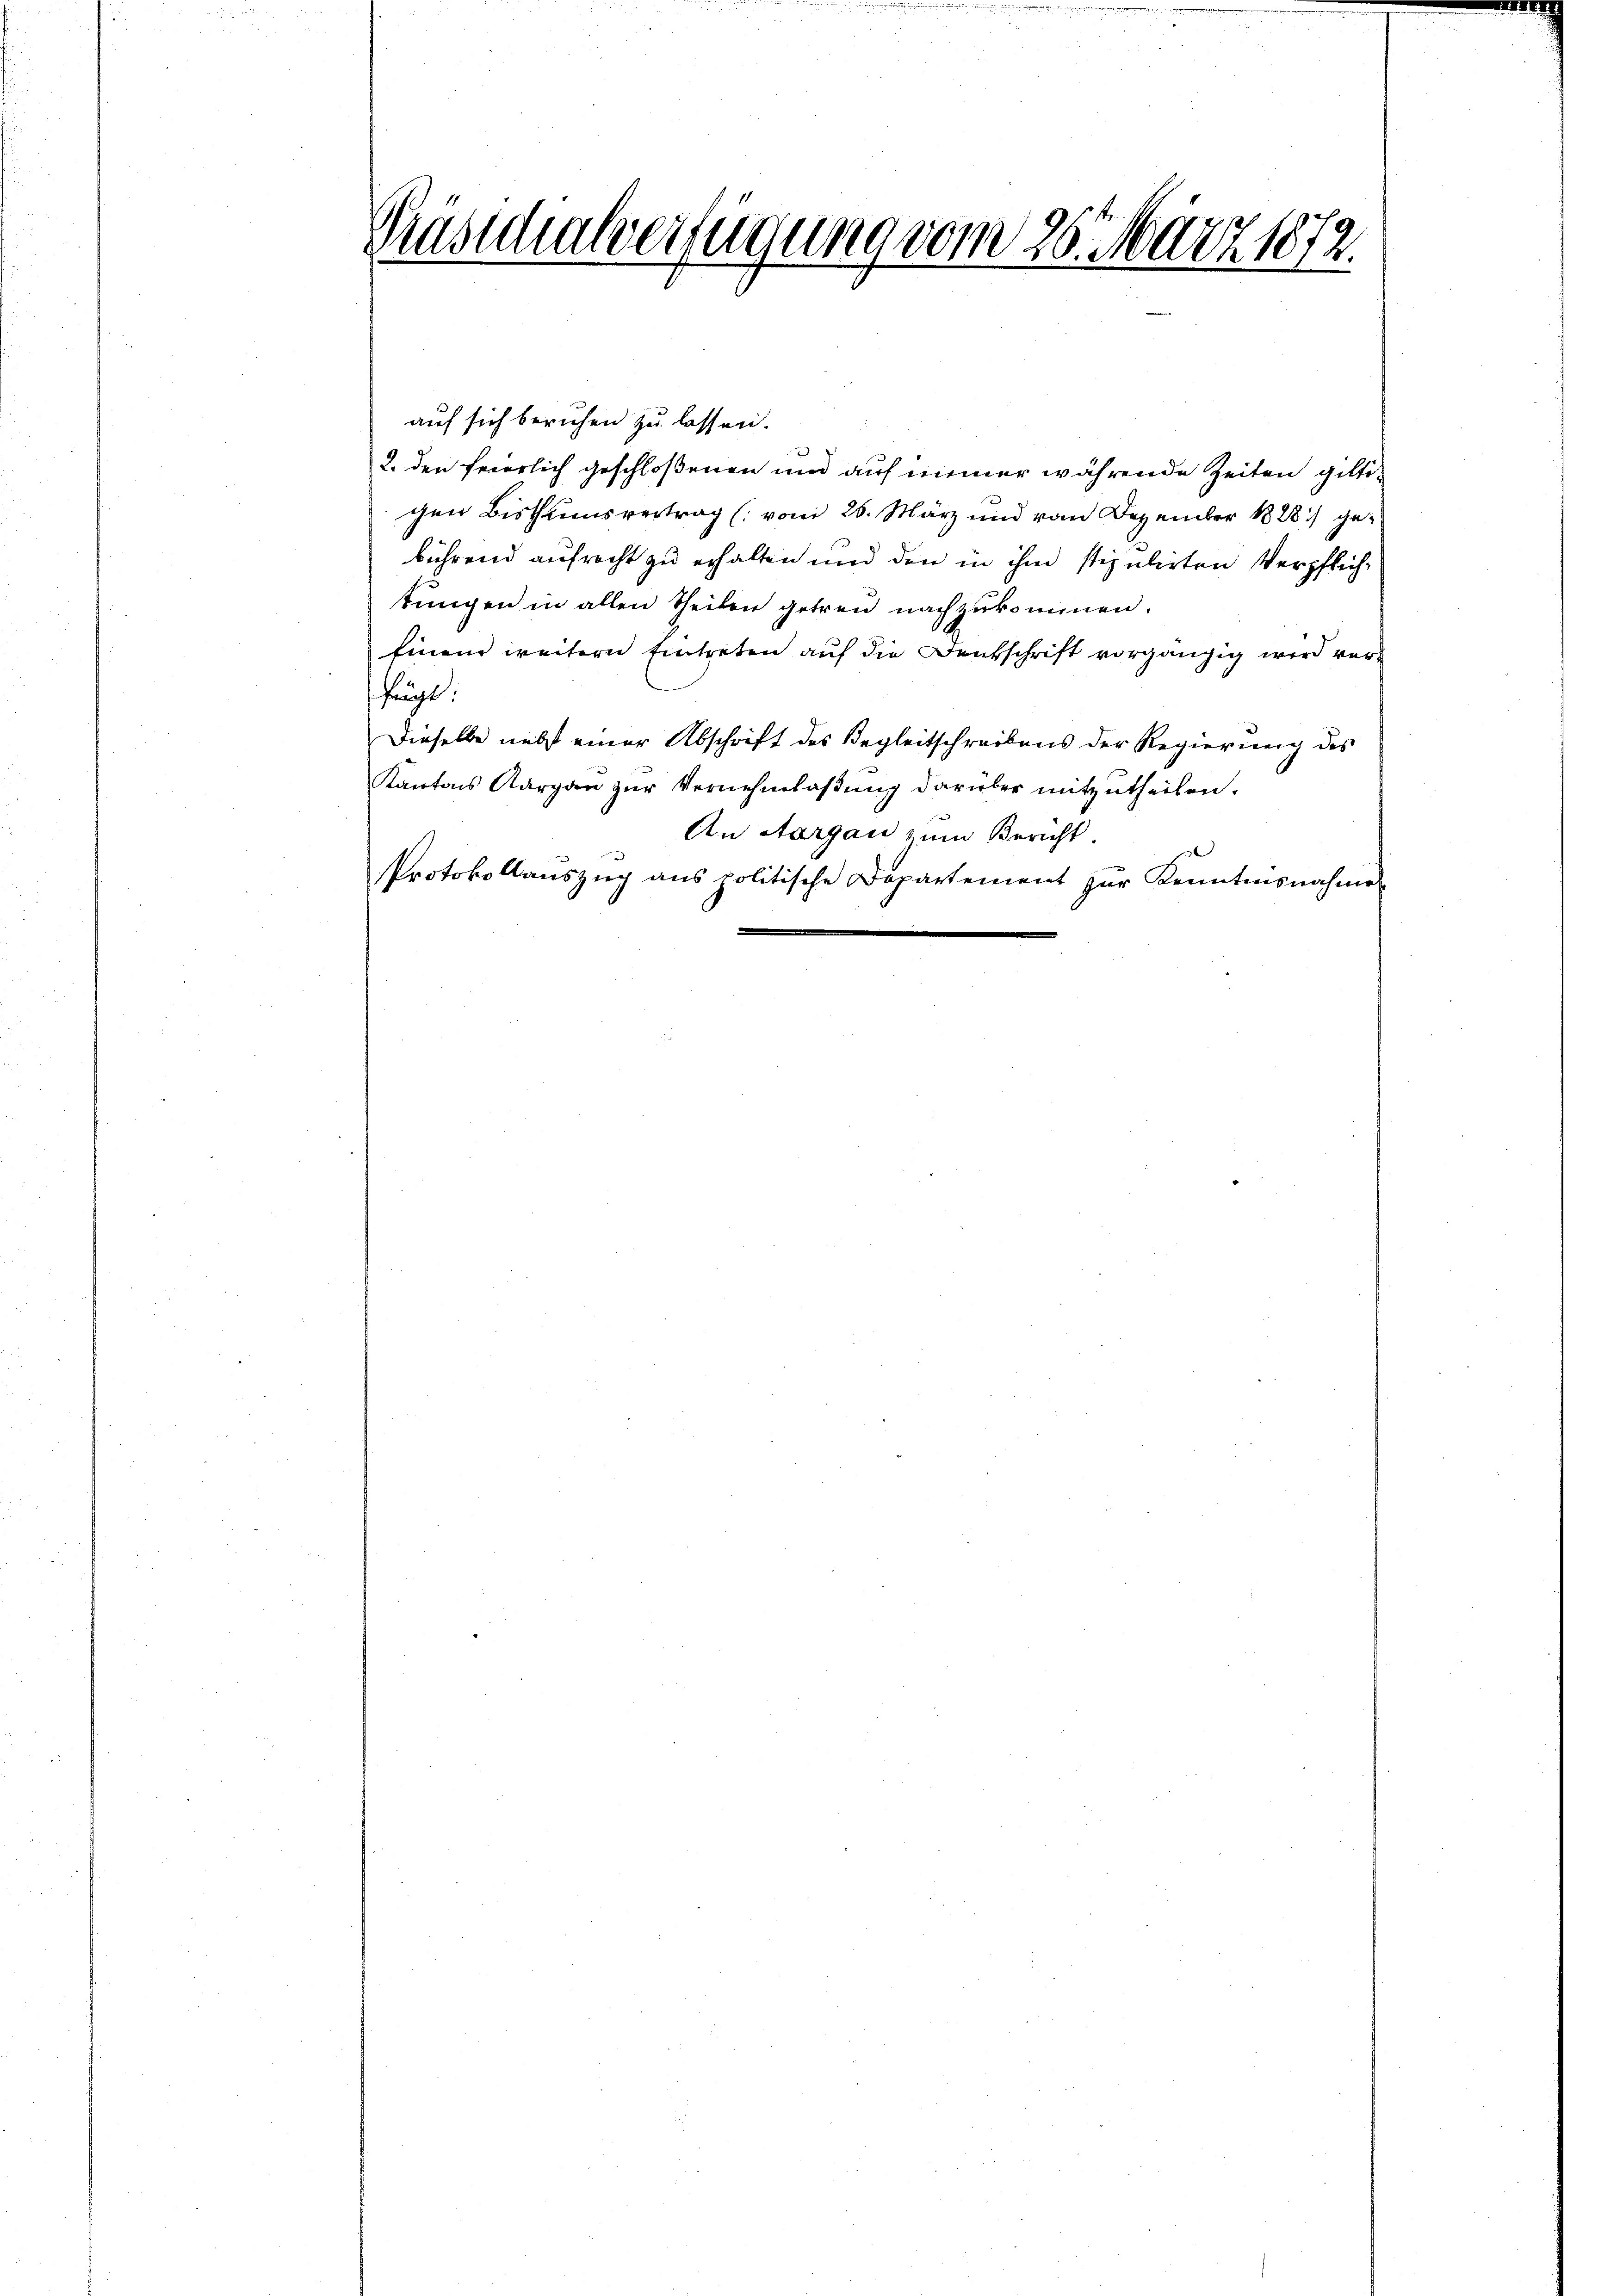
Brasicalverfügung vom 26. März 1872.

auf sich beruhen zu lassen.
7
2. den feierlich geschloßenen und auf immer währende Zeiten giltigen Bisthumsvertrag (vom 26. März und vom Dezember 1888 gebührend aufrecht zu erhalten und den in ihm stipulirten Verpflich-
stungen in allen Theilen getreu nachzukommen.
Einem weitern Eintreten auf die Denkschrift vorgängig wird verfängt.
Dieselbe nebst einer Abschrift des Begleitschreibens der Regierung des
Kantons Aargau zur Vernehmlaßung darüber mitzutheilen.
An Aargau zum Bericht.
Protokollauszug aus politische Departement zŭr Kenntnisnahme